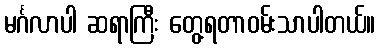
မင်္ဂလာပါ ဆရာကြီး တွေ့ရတာဝမ်းသာပါတယ်။